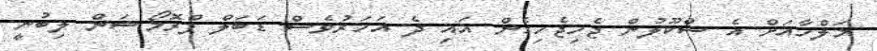
މަލްހާއަށް އެ ސްކޫލުން ޖެހިޖެހިގެން އައި ދެ އަހަރުވެސް ޑަބަލް ޕްރޮމޯޝަން ލިބުނީ